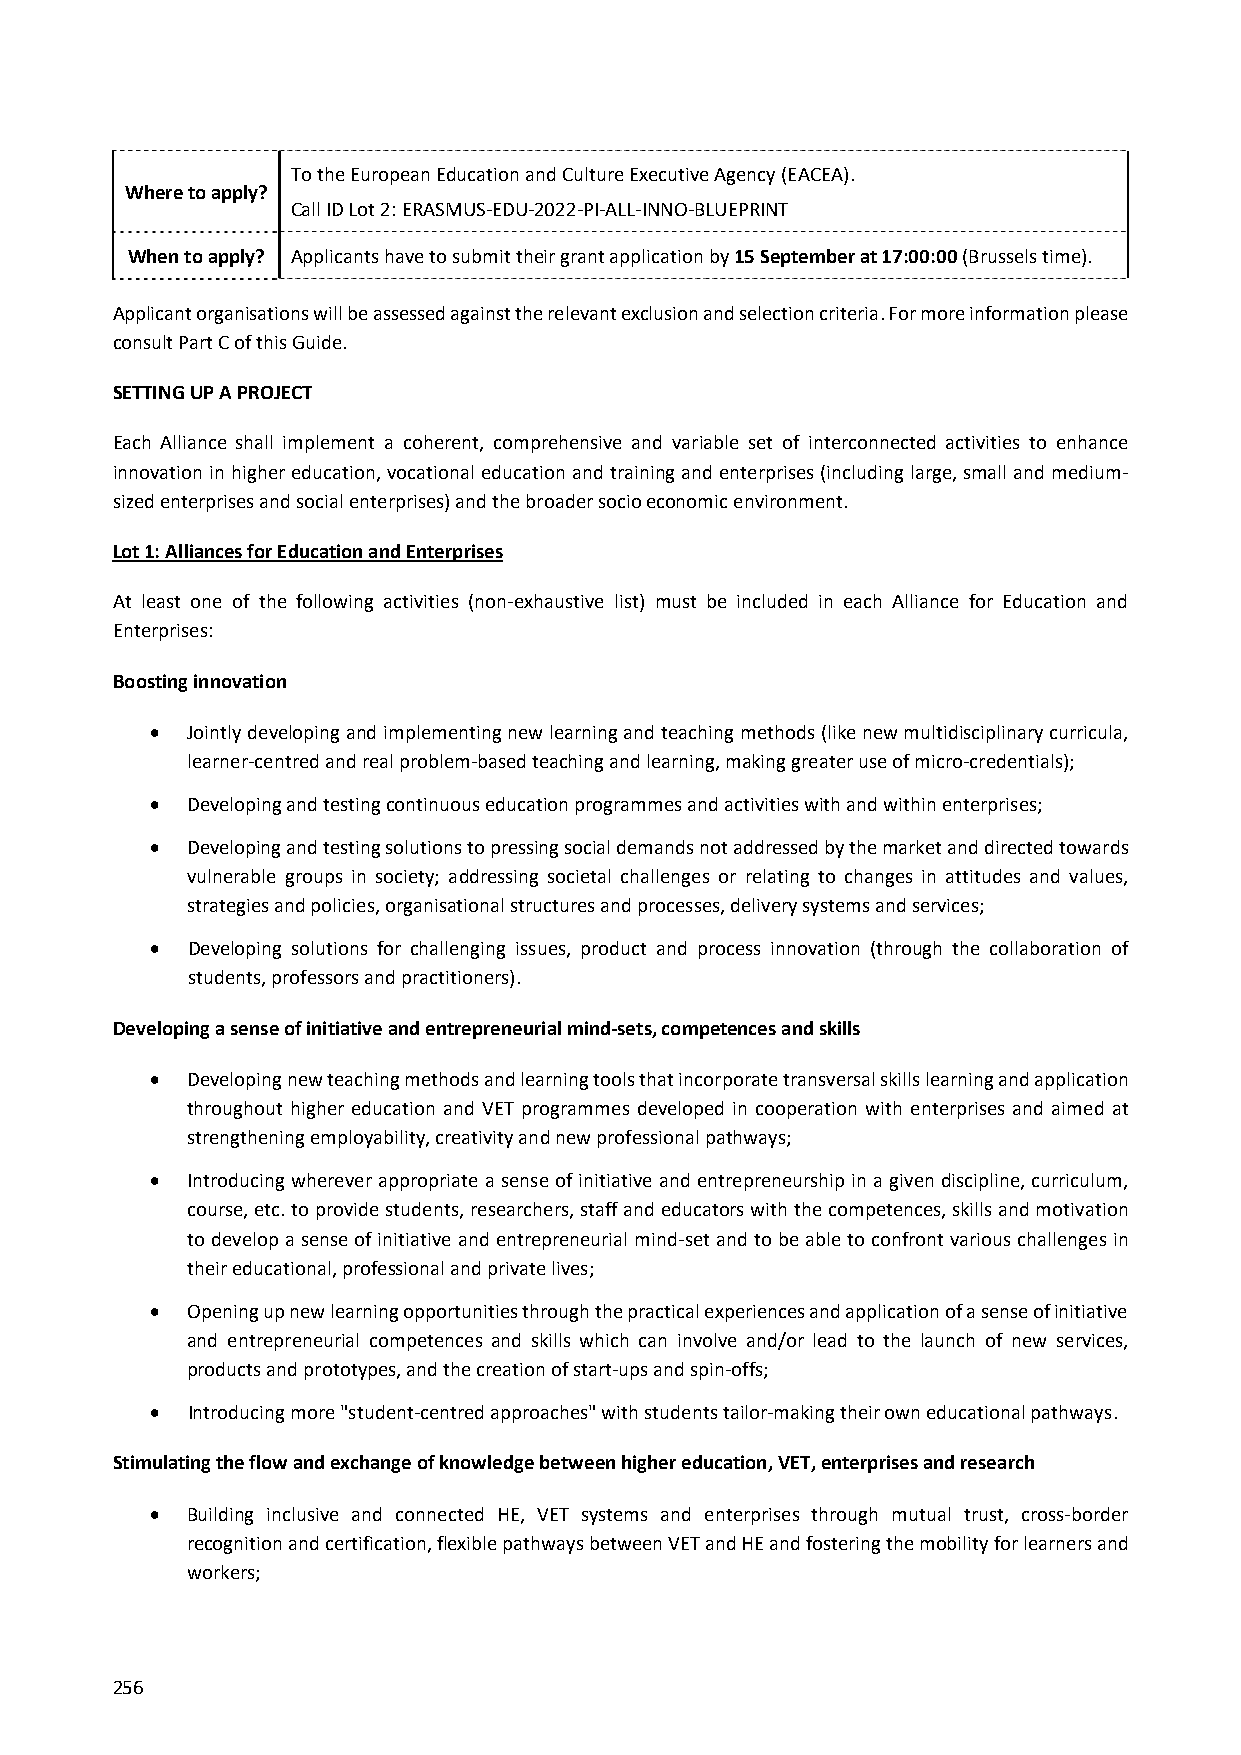
To the European Education and Culture Executive Agency (EACEA).
 Where to apply?
 Call ID Lot 2: ERASMUS‐EDU‐2022‐PI‐ALL‐INNO‐BLUEPRINT
 When to apply? Applicants have to submit their grant application by 15 September at 17:00:00 (Brussels time).
 Applicant organisations will be assessed against the relevant exclusion and selection criteria. For more information please
 consult Part C of this Guide.
 SETTING UP A PROJECT
 Each Alliance shall implement a coherent, comprehensive and variable set of interconnected activities to enhance
 innovation in higher education, vocational education and training and enterprises (including large, small and medium‐
 sized enterprises and social enterprises) and the broader socio economic environment.
 Lot 1: Alliances for Education and Enterprises
 At least one of the following activities (non‐exhaustive list) must be included in each Alliance for Education and
 Enterprises:
 Boosting innovation
  Jointly developing and implementing new learning and teaching methods (like new multidisciplinary curricula,
 learner‐centred and real problem‐based teaching and learning, making greater use of micro‐credentials);
  Developing and testing continuous education programmes and activities with and within enterprises;
  Developing and testing solutions to pressing social demands not addressed by the market and directed towards
 vulnerable groups in society; addressing societal challenges or relating to changes in attitudes and values,
 strategies and policies, organisational structures and processes, delivery systems and services;
  Developing solutions for challenging issues, product and process innovation (through the collaboration of
 students, professors and practitioners).
 Developing a sense of initiative and entrepreneurial mind‐sets, competences and skills
  Developing new teaching methods and learning tools that incorporate transversal skills learning and application
 throughout higher education and VET programmes developed in cooperation with enterprises and aimed at
 strengthening employability, creativity and new professional pathways;
  Introducing wherever appropriate a sense of initiative and entrepreneurship in a given discipline, curriculum,
 course, etc. to provide students, researchers, staff and educators with the competences, skills and motivation
 to develop a sense of initiative and entrepreneurial mind‐set and to be able to confront various challenges in
 their educational, professional and private lives;
  Opening up new learning opportunities through the practical experiences and application of a sense of initiative
 and entrepreneurial competences and skills which can involve and/or lead to the launch of new services,
 products and prototypes, and the creation of start‐ups and spin‐offs;
  Introducing more "student‐centred approaches" with students tailor‐making their own educational pathways.
 Stimulating the flow and exchange of knowledge between higher education, VET, enterprises and research
  Building inclusive and connected HE, VET systems and enterprises through mutual trust, cross‐border
 recognition and certification, flexible pathways between VET and HE and fostering the mobility for learners and
 workers;
 256